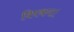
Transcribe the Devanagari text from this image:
विपथगा।